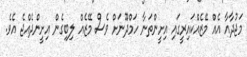
މަޖުދާއާ އެއް މޭޒެއްކައިރީގައި އިށީންތަނާ ހަމްދޫނަށް ވެސް މޭޒެއް ލިބިގެން އިށީންދެއްޖެ އެވެ.